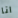
انا